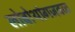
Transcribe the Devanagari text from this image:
लोबोथांगजवळ